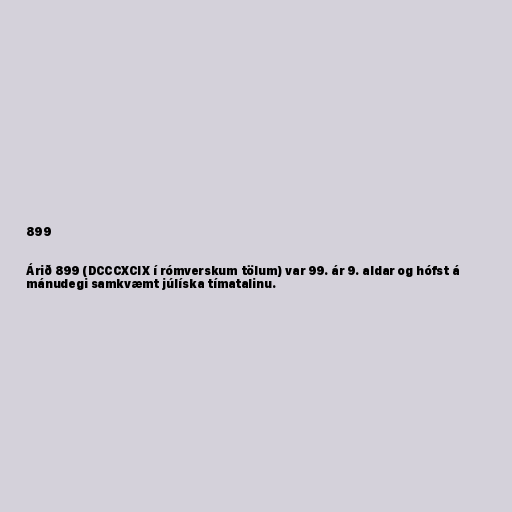
899

Árið 899 (DCCCXCIX í rómverskum tölum) var 99. ár 9. aldar og hófst á
mánudegi samkvæmt júlíska tímatalinu.